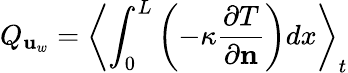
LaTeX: Q_{\mathbf{u}_{w}}=\left\langle\int_{0}^{L}\left(-\kappa\frac{\partial T}{\partial\mathbf{n}}\right)dx\right\rangle_{t}